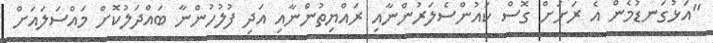
"އަޅުގަނޑުމެން އެ ރަށަށް ގޮސް ކައުންސެލަރުންނާއި ރައްޔިތުންނާއި އަދި ފުލުހުންނާ ބައްދަލުކޮށް މައްސަލައަށް